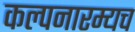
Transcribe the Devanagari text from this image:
कल्पनारम्यच